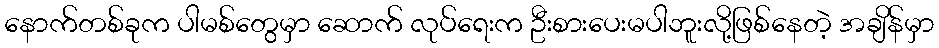
နောက်တစ်ခုက ပါမစ်တွေမှာ ဆောက် လုပ်ရေးက ဦးစားပေးမပါဘူးလို့ဖြစ်နေတဲ့ အချိန်မှာ